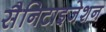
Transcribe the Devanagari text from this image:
सैनिटाइजेशन